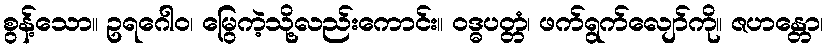
စွန့်သော။ ဥရဂေါဝ၊ မြွေကဲ့သို့လည်းကောင်း။ ဝဒ္ဓပတ္တံ၊ ဖက်ရွက်လျော်ကို။ ဇဟန္တော၊